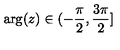
\arg ( z ) \in ( - \frac { \pi } { 2 } , \frac { 3 \pi } { 2 } ] \protect